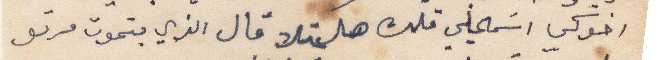
اخوكي اسَمحيلي قلك هل عتلا قال الذي بتموت مرتو